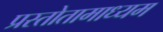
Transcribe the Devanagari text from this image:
प्रस्तोतामाध्यम